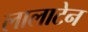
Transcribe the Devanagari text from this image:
लालाटेन